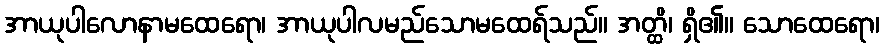
အာယုပါလောနာမထေရော၊ အာယုပါလမည်သောမထေရ်သည်။ အတ္ထိ၊ ရှိ၏။ သောထေရော၊